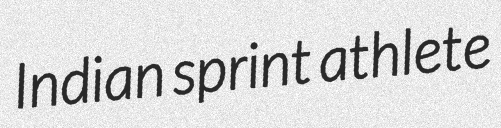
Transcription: Indian sprint athlete